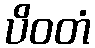
ပိဝတံ